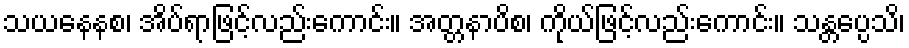
သယနေနစ၊ အိပ်ရာဖြင့်လည်းကောင်း။ အတ္တနာပိစ၊ ကိုယ်ဖြင့်လည်းကောင်း။ သန္တပ္ပေသိ၊